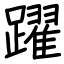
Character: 躍